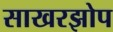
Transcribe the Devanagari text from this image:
साखरझोप